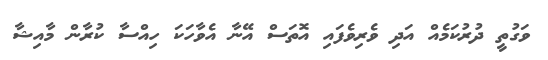
ވަގުތީ ދުރުކަމެއް އަދި ވެރިވެފައި އޮތަސް އޭނާ އެވާހަކަ ހިއްސާ ކުރާން މާއިޝާ